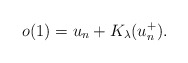
\begin{align*} o(1) = u_n + K_\lambda(u_n^+).\end{align*}